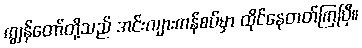
ကျွန်တော်တို့သည် အင်းလျားကန်စပ်မှာ ထိုင်နေတတ်ကြပြီ။